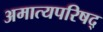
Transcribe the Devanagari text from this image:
अमात्यपरिषद्